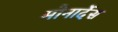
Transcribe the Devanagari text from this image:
मोनार्देस